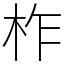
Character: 柞